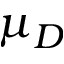
\mu _ { D }